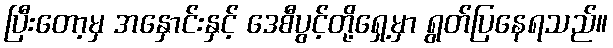
ပြီးတော့မှ အနှောင်းနှင့် ဒေစီပွင့်တို့ရှေ့မှာ ရွတ်ပြနေရသည်။